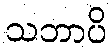
သဘာပိ